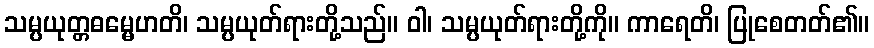
သမ္ပယုတ္တဓမ္မေဟတိ၊ သမ္ပယုတ်ရားတို့သည်။ ဝါ၊ သမ္ပယုတ်ရားတို့ကို။ ကာရေတိ၊ ပြုစေတတ်၏။